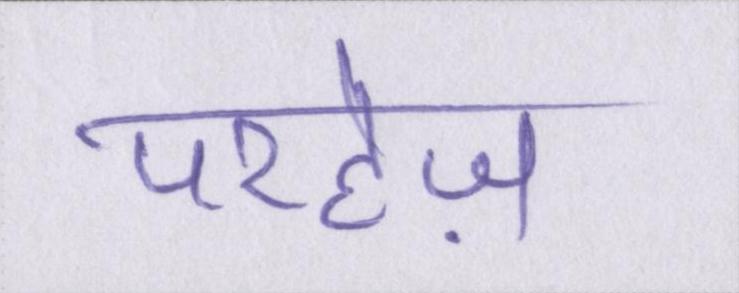
परहेज़